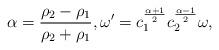
LaTeX: \begin{align*}\alpha = \frac{\rho_2-\rho_1}{\rho_2+\rho_1}, \omega' = c_1^{\frac{\alpha+1}{2}}c_2^{\frac{\alpha-1}{2}}\omega,\end{align*}